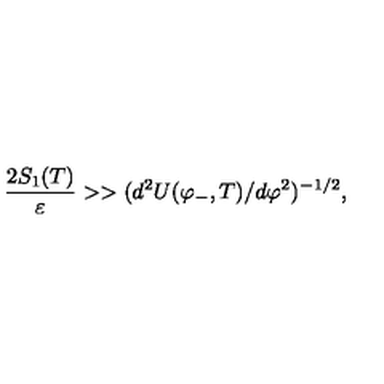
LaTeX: { \frac { 2 S _ { 1 } ( T ) } { \varepsilon } } > > ( d ^ { 2 } { U ( \varphi _ { - } , T ) } / d \varphi ^ { 2 } ) ^ { - 1 / 2 } ,